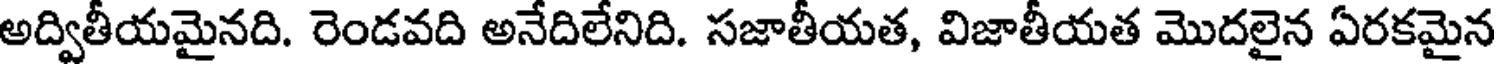
అద్వితీయమైనది. రెండవది అనేదిలేనిది. సజాతీయత, విజాతీయత మొదలైన ఏరకమైన